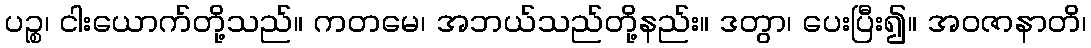
ပဉ္စ၊ ငါးယောက်တို့သည်။ ကတမေ၊ အဘယ်သည်တို့နည်း။ ဒတွာ၊ ပေးပြီး၍။ အဝဇာနာတိ၊